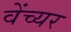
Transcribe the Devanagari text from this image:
वेंच्यर